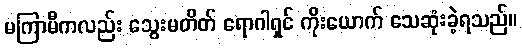
မကြာမီကလည်း သွေးမတိတ် ရောဂါရှင် ကိုးယောက် သေဆုံးခဲ့ရသည်။